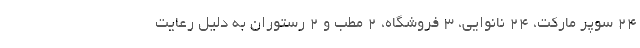
۲۴ سوپر مارکت، ۲۴ نانوایی، ۳ فروشگاه، ۲ مطب و ۲ رستوران به دلیل رعایت